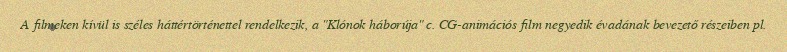
A filmeken kívül is széles háttértörténettel rendelkezik, a "Klónok háborúja" c. CG-animációs film negyedik évadának bevezető részeiben pl.